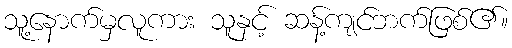
သူ့နောက်မှလူကား သူနှင့် ဆန့်ကျင်ဘက်ဖြစ်၏။